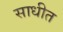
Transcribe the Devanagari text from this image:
साधीत